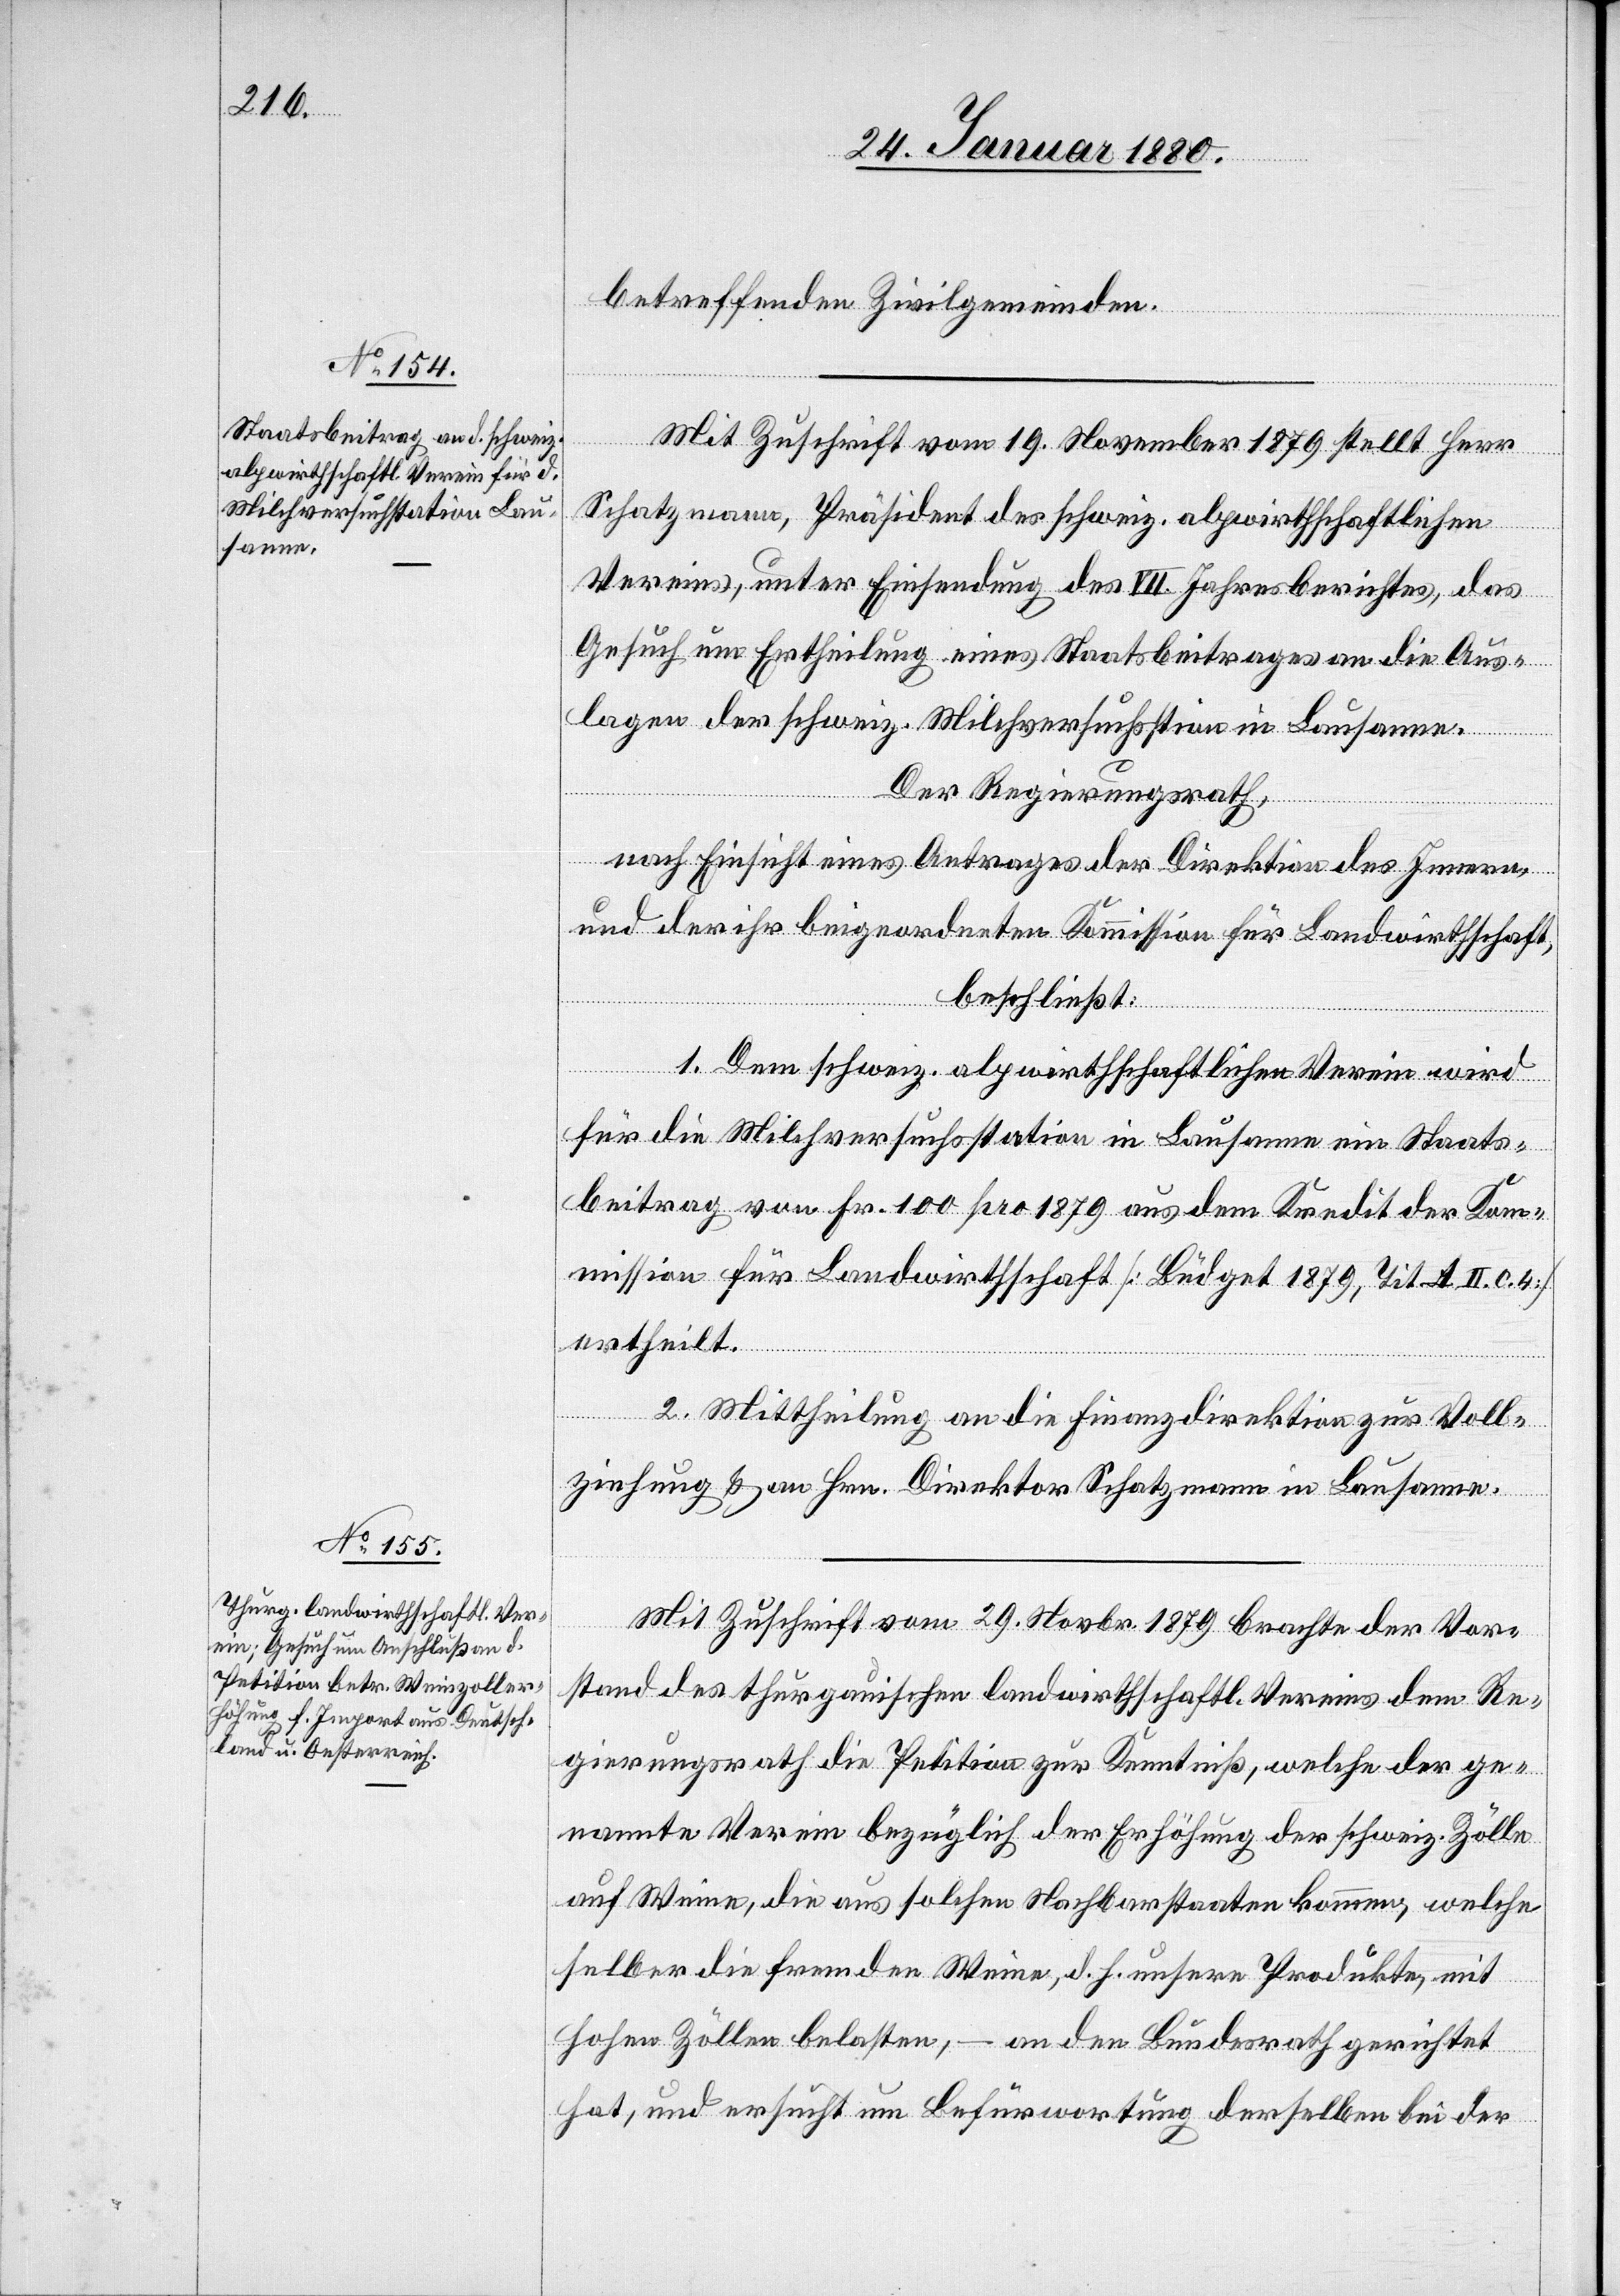
betreffenden Zivilgemeinden.
Mit Zuschrift vom 19. November 1879 stellt Herr
Schatzmann, Präsident des schweiz. alpwirthschaftlichen
Vereins, unter Einsendung des VII. Jahresberichtes, das
Gesuch um Ertheilung eines Staatsbeitrages an die Aus¬
lagen der schweiz. Milchversuchsstation in Lausanne.
Der Regierungsrath,
nach Einsicht eines Antrages der Direktion des Innern,
und der ihr beigeordneten Kommission für Landwirthschaft,
beschließt:
1. Dem schweiz. alpwirthschaftlichen Verein wird
für die Milchversuchsstation in Lausanne ein Staats¬
beitrag von Fr. 100 pro 1879 aus dem Kredit der Ko¬
mmission für Landwirthschaft [Büdget 1879, Tit. A II. c. 4]
ertheilt.
2. Mittheilung an die Finanzdirektion zur Voll¬
ziehung & an Hrn. Direktor Schatzmann in Lausanne.
Mit Zuschrift vom 29. Novbr. 1879 brachte der Vor¬
stand des thurgauischen landwirthschaftl. Vereins dem Re¬
gierungsrath die Petition zur Kenntniß, welche der ge¬
nannte Verein bezüglich der Erhöhung der schweiz. Zölle
auf Weine, die aus solchen Nachbarstaaten kommen, welche
selber die fremden Weine, d. h. unsere Produkte, mit
hohen Zöllen belasten, – an den Bundesrath gerichtet
hat, und ersucht um Befürwortung derselben bei der